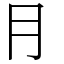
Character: ⺝